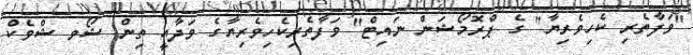
"ވަފާތެރި ކެހިވެރިޔާ" ގެ ޕްރޮމޯޝަން ނައިޓް" ވަފާތެރިކެހިވެރިޔާގެ ވަދާއީ ތިން ޝޯވ ޝްވެކް